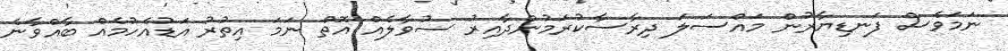
ނަމަވެސް ފަނޑިޔާރުން މައްސަލަ ދިރާސާކުރަމުންދާއިރު ސުވާލެއް އޮތް ނަމަ އިތުރު އަޑުއެހުމެއް ބާއްވާނެ